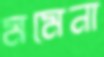
মমেনা